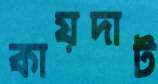
কায়দাট